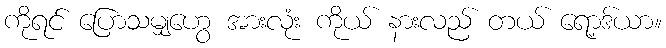
ကိုရင် ပြောသမျှဟွေ အားလုံး ကိုယ် နားလည် တယ် ရော့ဒ်ယာ။